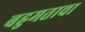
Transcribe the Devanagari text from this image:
बहुमताचा